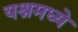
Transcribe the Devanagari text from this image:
यश्नमध्ये